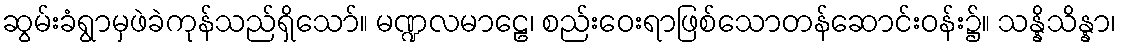
ဆွမ်းခံရွာမှဖဲခဲကုန်သည်ရှိသော်။ မဏ္ဍလမာဠေ၊ စည်းဝေးရာဖြစ်သောတန်ဆောင်းဝန်း၌။ သန္နိသိန္နာ၊